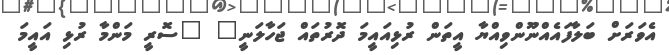
އެވަރަށް ބަލާފައެއްނޫންވިއްޔާ އީތަން ރުޅިއައީމަ ދޮރުތައް ޖަހާލަނީ" "ސޮރީ މަންމާ ރުޅި އައީމަ